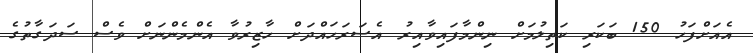
އެއަށްފަހު 150 ބަކަރި ކަތިލުމަށް ނިންމާފައިވާއިރު އެސަރަހައްދަށް ހާޒިރުވާ އެންމެންނަށް ވެސް ސަދަގާތުގެ